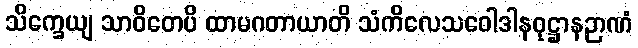
သိက္ခေယျ သာဝိတေပိ ထာမဂတာယာတိ သံကိလေသဝေါဒါနဝုဋ္ဌာနဉာဏံ